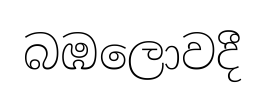
බඹලොවදී